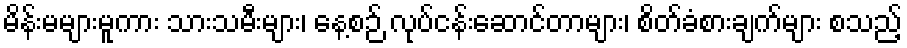
မိန်းမများမူကား သားသမီးများ၊ နေ့စဉ် လုပ်ငန်းဆောင်တာများ၊ စိတ်ခံစားချက်များ စသည့်